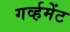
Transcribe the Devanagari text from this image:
गर्व्हमेंट